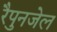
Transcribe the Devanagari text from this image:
रैपुनजेल